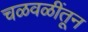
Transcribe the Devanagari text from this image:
चळवळींतून